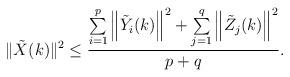
LaTeX: \begin{align*}\|\tilde{X}(k)\|^2 \leq\frac{\sum\limits_{i=1}^{p}\left\|\tilde{Y}_i(k)\right\|^2+\sum\limits_{j=1}^{q}\left\|\tilde{Z}_j(k)\right\|^2 }{p+q}.\end{align*}